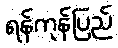
ရန်ကုန်ပြည်